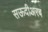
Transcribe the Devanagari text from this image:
सऊदीअरब